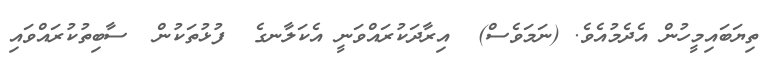
ތިޔަބައިމީހުން އެދެމުއެވެ. (ނަމަވެސް)  އިރާދަކުރައްވަނީ އެކަލާނގެ  ފުޅުތަކުން  ސާބިތުކުރައްވައި